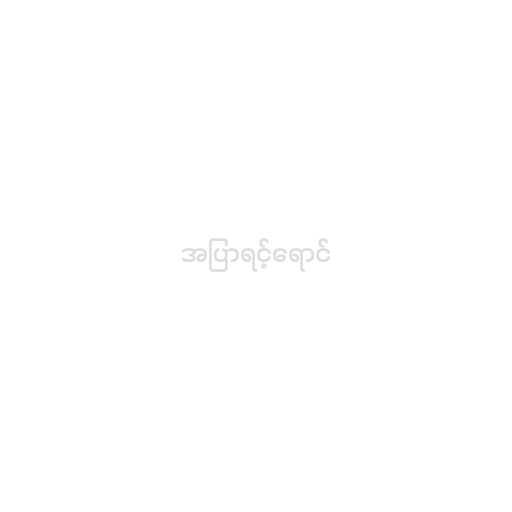
အပြာရင့်ရောင်